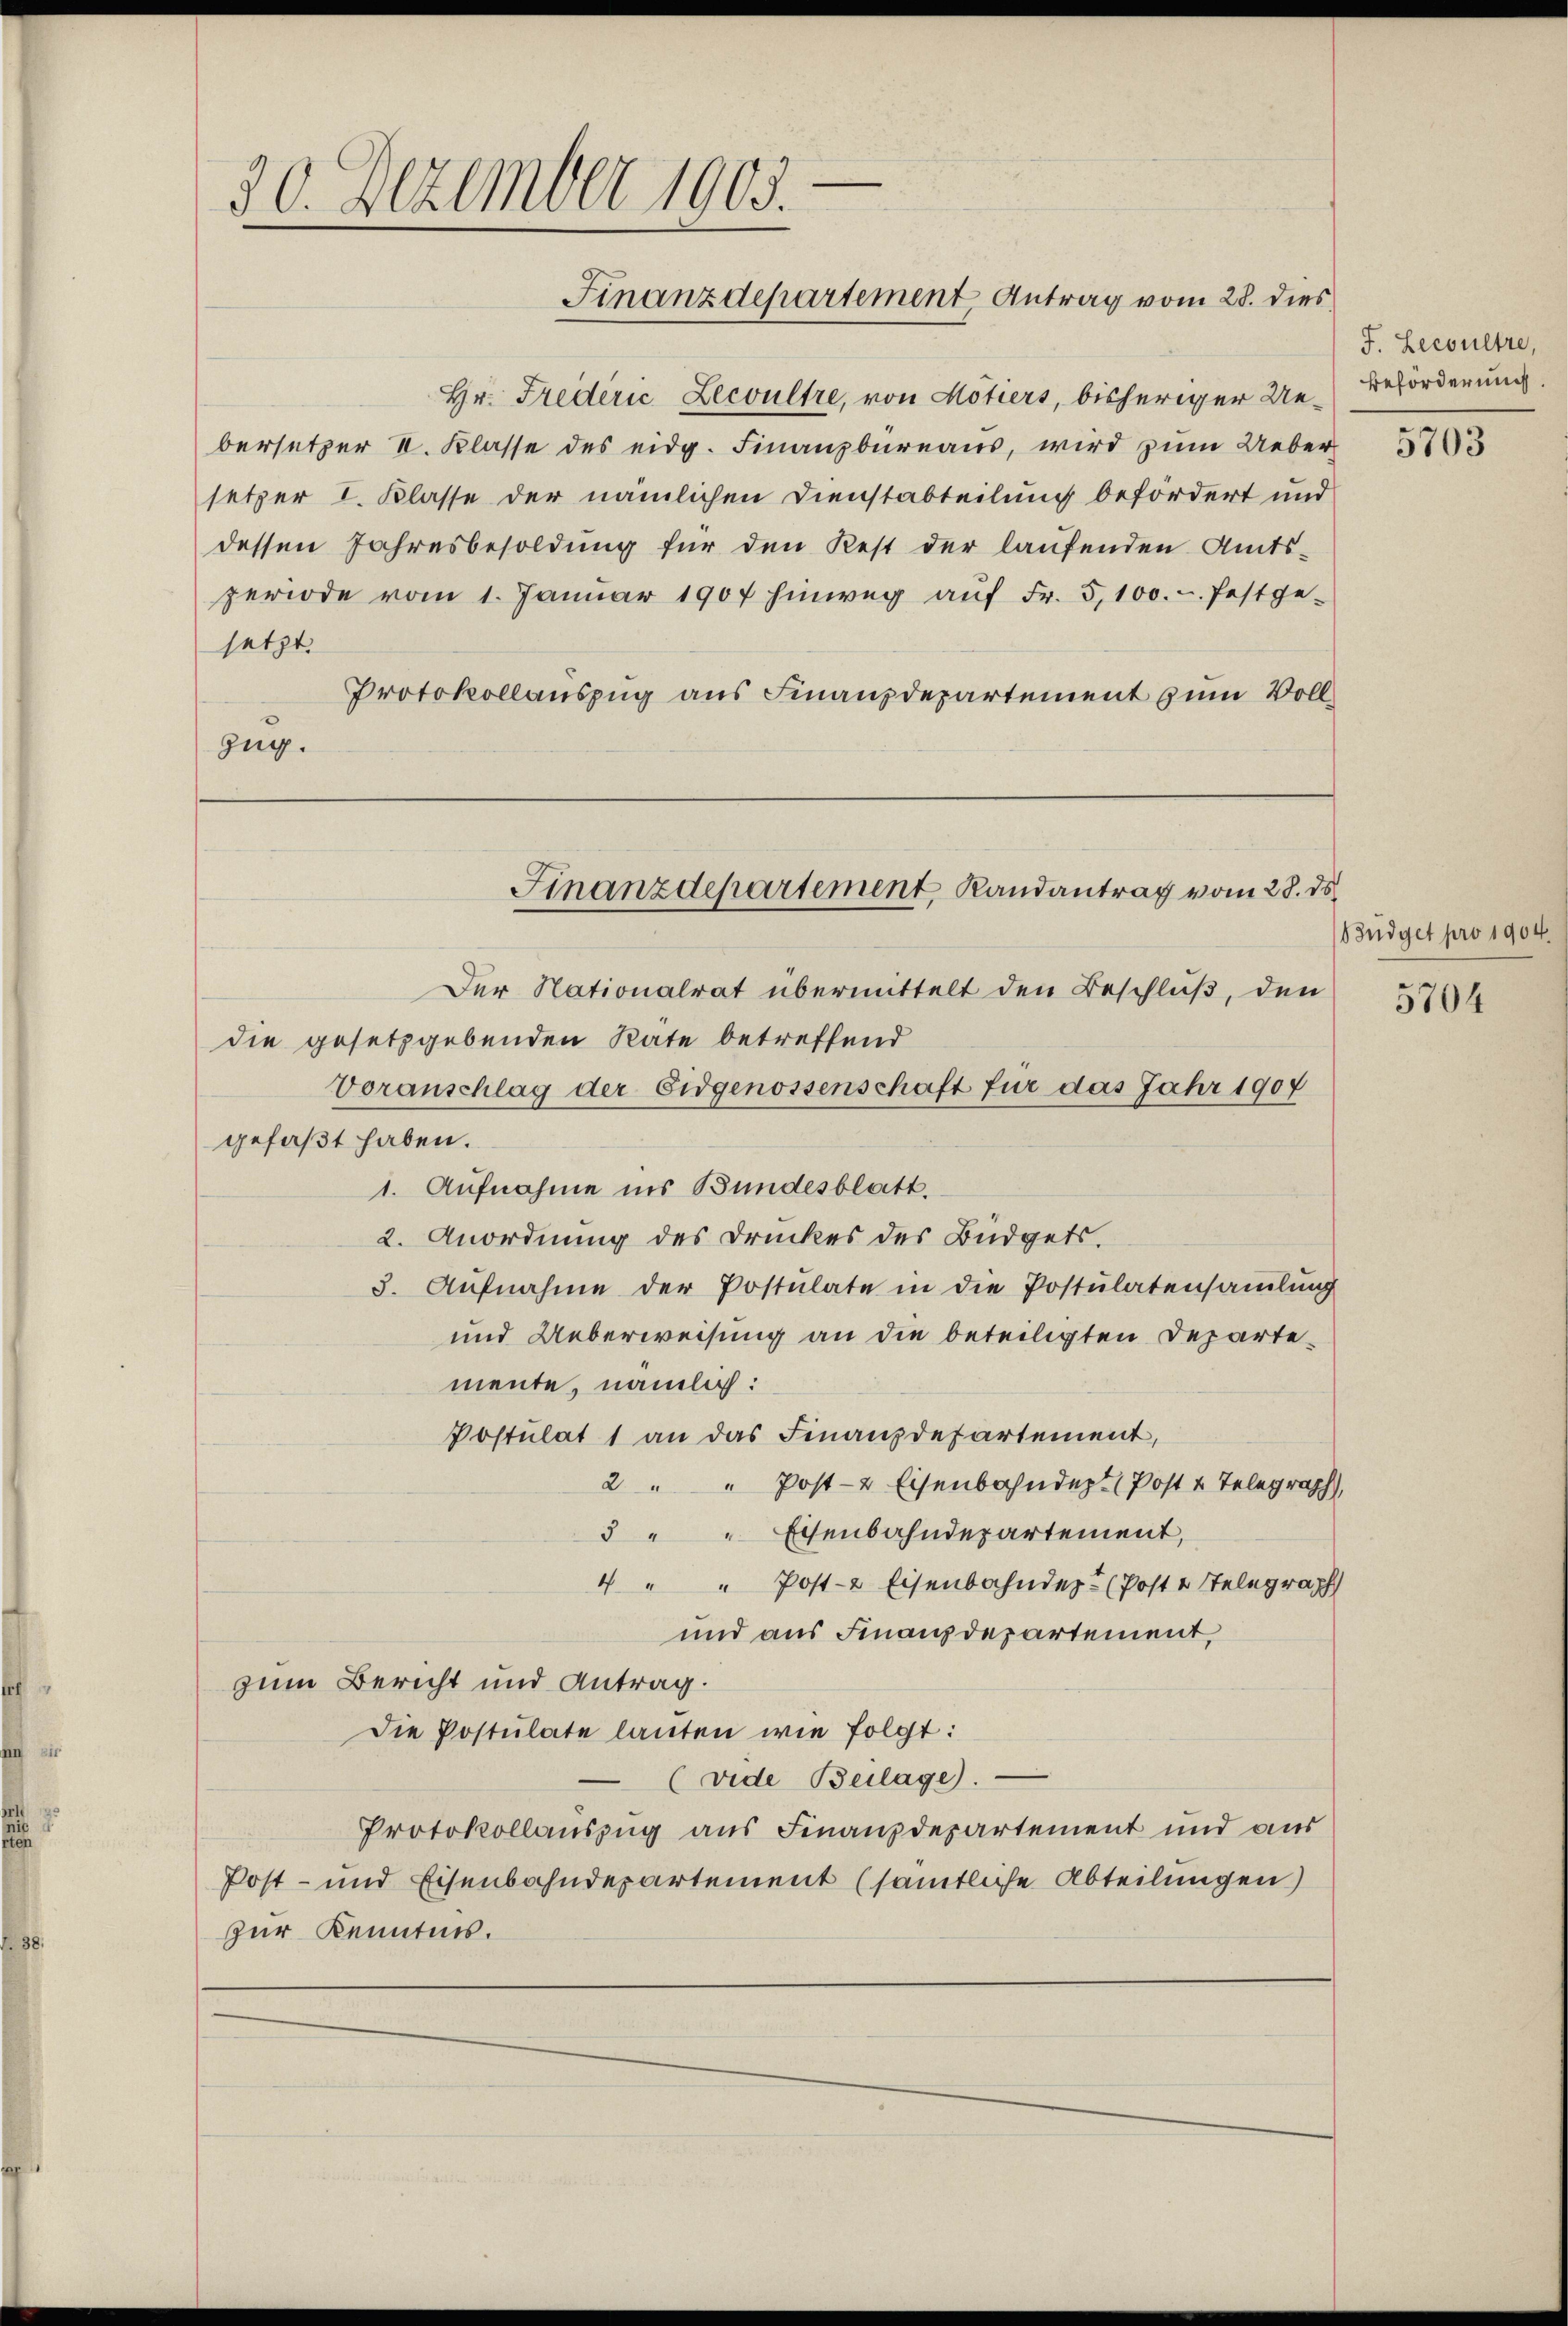
30. Dezember 1903.
Finanzdepartement Antrag vom 28. dies

Hr. Frederić Zecvultre, von Motiers, bisheriger Uebersetzer V. Klasse des eidg. Finanzbüreaus, wird zŭm Ueber-
setzer I. Klasse der nämlichen Dienstabteilung befördert und
dessen Jahresbesoldŭng für den Rest der laŭfenden Amts-
periode vom 1. Janŭar 1907 hinweg aŭf Fr. 5,100.-. festge-
setzt.
Protokollauszug aus Finanzdepartement zum Voll¬
Zug.
Finanzdepartement, Randantrag vom 28. ds.

Der Nationalrat übermittelt den Beschluß, den
die gesetzgebenden Räte betreffend
Voranschlag der Eidgenossenschaft für das Jahr 1907
gefaßt haben.
1. Aufnahme ins Bundesblatt.
2. Anordnung des Druckes des Büdgets.
3. Aufnahme der Postulate in die Postulatensamlung
und Ueberweisung an die beteiligten Departemente, nämlich:
Postulat 1 an das Finanzdepartement,
2 " " Post- & Eisenbahndept (Post 4 Telegraph,
5 " " Eisenbahndepartement,
4 " " Post-2 Eisenbahnder (Poste Stelegraph
und aus Finanzdepartement,
zum Bericht und Antrag.
Die Postulate lauten wie folgt:
(vide Beilage).
Protokollauszug aus Finanzdepartement und aus
Post- und Eisenbahndepartement (sämtliche Abteilungen)
zur Kenntnis.

J. Lecoultre,
Beförderung

5703

Büdget pro 1904.

5704